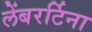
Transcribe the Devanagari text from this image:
लेंबरर्टिना